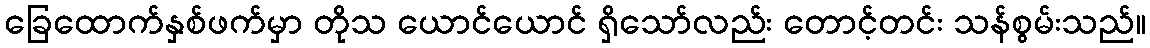
ခြေထောက်နှစ်ဖက်မှာ တိုသ ယောင်ယောင် ရှိသော်လည်း တောင့်တင်း သန်စွမ်းသည်။